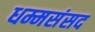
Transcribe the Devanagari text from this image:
धम्मसंसद